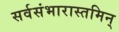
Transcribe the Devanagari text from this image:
सर्वसंभारास्तमिन्‌